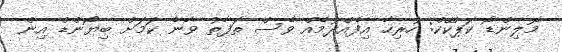
މޮލިންޑޯ ކަޕްކޭކް: ހުރިހާ އިފެއްދުމެއް ވެސް ތަފާތު ވާނެ ކަމަށް ބިޔޯންޑް އިން